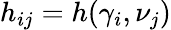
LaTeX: h_{ij}=h(\gamma_{i},\nu_{j})